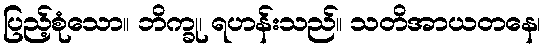
ပြည့်စုံသော။ ဘိက္ခု၊ ရဟန်းသည်။ သတိအာယတနေ၊